Vaccination in the Punjab 1905-1918 - 1905-1918
Year: 1905
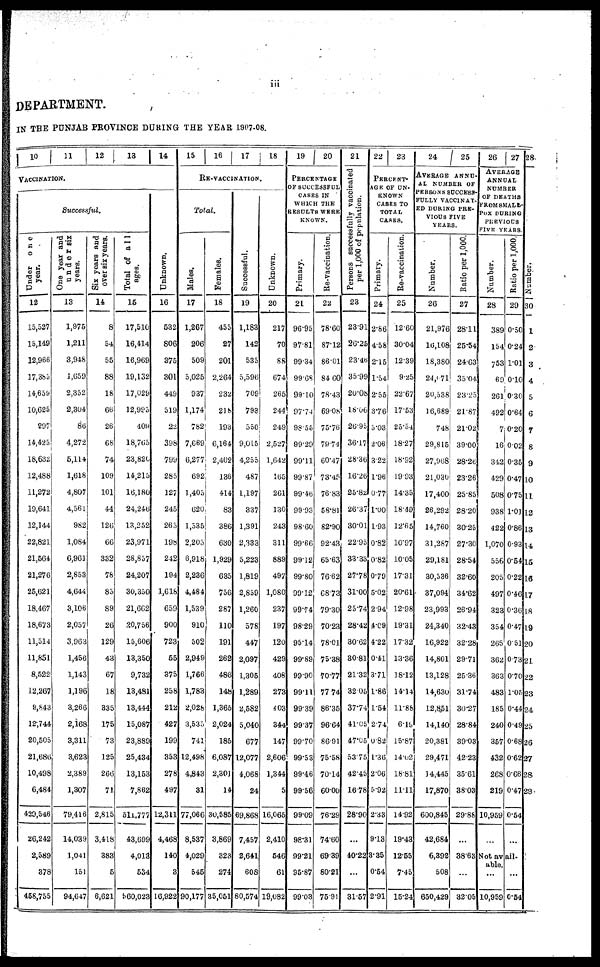
iii
DEPARTMENT.
IN THE PUNJAB PROVINCE DURING THE YEAR 1907-08.
10
11
12
13 14
VACCINATION.
Successful.
Under
one
year.
12
15,527
15,149
12,966
17,385
14,659
10,625
297
14,425
18,632
12,488
11,272
19,641
12,144
22,821
21,564
21,276
25,621
18,467
18,673
11,514
11,851
8,522
12,267
9,843
12,744
20,505
21,686
10,498
6,484
429,546
26,242
2,589
378
458,755
One year and
under six
years.
13
1,975
1,211
3,948
1,659
2,352
2,304
86
4,272
5,114
1,618
4,807
4,561
982
1,084
6,961
2,853
4,644
3,106
2,057
3,963
1,456
1,143
1,196
3,266
2,168
3,311
3,623
2,389
1,307
79,416
14,039
1,041
151
94,647
Six years and
over six years.
14
8
54
55
88
18
66
26
68
74
109
101
44
126
66
332
78
85
89
26
129
43
67
18
335
175
73
125
266
71
2,815
3,418
383
5
6,621
Total of all
ages.
15
17,510
16,414
16,969
19,132
17,029
12,995
409
18,765
23,820
14,215
16,180
24,246
13,252
23,971
28,857
24,207
30,350
21,662
20,756
15,606
13,350
9,732
13,481
13,444
15,087
23,889
25,434
13,153
7,862
511,777
43,699
4,013
534
560,023
Unknown.
16
532
806
375
301
449
519
22
398
799
285
127
245
265
198
242
194
1,618
659
900
723
55
375
258
212
427
199
353
278
497
12,311
4,468
140
3
16,922
15
16
17
18
RE-VACCINATION.
Total.
Males.
17
1,267
206
509
5,025
937
1,174
782
7,669
6,277
692
1,405
620
1,535
2,205
6,918
2,236
4,484
1,539
910
502
2,949
1,766
1,783
2,028
3,535
741
12,498
4,843
31
77,066
8,537
4,029
545
90,177
Females.
18
455
27
201
2,264
232
218
193
6,164
2,402
136
414
83
386
630
1,929
635
756
287
110
191
262
486
148
1,365
2,024
185
6,087
2,301
14
30,585
3,869
323
274
35,051
Successful.
19
1,183
142
535
5,596
709
793
550
9,015
4,255
487
1,197
337
1,391
2,333
5,223
1,819
2,859
1,260
578
447
2,097
1,305
1,289
2,582
5,040
677
12,077
4,068
24
69,868
7,457
2,641
608
80,574
Unknown.
20
217
70
88
674
265
244
249
2,527
1,642
165
261
130
243
311
889
497
1,080
237
197
120
429
408
273
403
344
147
2,606
1,344
5
16,065
2,410
546
61
19,082
19
20
PERCENTAGE
OF SUCCESSFUL
CASES IN
WHICH THE
RESULTS WERE
KNOWN.
Primary.
21
96.95
97.81
99.34
99.68
99.10
97.74
98.55
99.29
99.11
99.87
99.46
99.93
98.60
99.66
99.12
99.80
99.12
99.74
98.29
95.14
99.89
99.90
99.11
99.39
99.37
99.70
99.53
99.46
99.56
99.09
98.31
99.21
95.87
99.03
Re-vaccination.
22
78.60
87.12
86.01
84.60
78.43
69.08
75.76
79.74
60.47
73.45
76.83
58.81
82.90
92.43
65.63
76.62
68.73
79.30
70.23
78.01
75.38
70.77
77.74
86.35
96.64
86.91
75.58
70.14
60.00
76.29
74.60
69.39
80.21
75.91
21
Persons successfully vaccinated
per 1,000 of population.
23
23.91
26.25
23.46
35.99
20.08
18.06
26.95
36.17
28.36
16.26
25.82
26.37
30.01
22.95
33.33
27.78
31.00
25.74
28.42
30.62
30.81
21.32
32.05
37.74
41.05
47.05
53.75
42.45
16.78
28.90
...
40.22
...
31.57
22
23
PERCENT-
AGE OF UN-
KNOWN
CASES TO
TOTAL
CASES.
Primary.
24
2.86
4.58
2.15
1.54
2.55
3.76
5.03
2.06
3.22
1.96
0.77
1.00
1.93
0.82
0.82
0.79
5.02
2.94
4.09
4.22
0.41
3.71
1.86
1.54
2.74
0.82
1.36
2.06
5.92
2.33
9.13
3.35
0.54
2.91
Re-vaccination.
25
12.60
30.04
12.39
9.25
22.67
17.53
25.54
18.27
18.32
19.93
14.35
18.49
12.65
10.97
10.05
17.31
20.61
12.98
19.31
17.32
13.36
18.12
14.14
11.88
6.19
15.87
14.02
18.81
11.11
14.92
19.43
12.55
7.45
15.24
24
25
AVERAGE ANNU-
--
NUMBER OF
PERSONS SUCCESS-
FULLY VACCINAT-
ED DURING PRE-
VIOUS FIVE
YEARS.
Number.
26
21,976
16,108
18,380
24,071
20,538
16,689
748
29,815
27,968
21,030
17,400
26,292
14,760
31,287
29,181
30,536
37,094
23,993
24,340
16,922
14,801
13,128
14,630
12,851
14,140
20,381
29,471
14,445
17,870
600,845
42,684
6,392
508
650,429
Ratio per 1,000.
27
28.11
25.54
24.63
35.04
23.25
21.87
21.02
39.00
28.26
23.26
25.85
28.20
30.25
27.30
28.54
32.60
34.62
26.94
32.43
32.28
29.71
25.36
31.74
30.27
28.84
39.03
42.23
35.61
38.03
29.88
...
38.63
...
32.05
26 27
AVERAGE
ANNUAL
NUMBER
OF DEATHS
FROM SMALL-
POX DURING
PREVIOUS
FIVE YEARS.
Number.
28
389
154
753
69
261
492
7
16
342
429
508
938
422
1,070
556
205
497
323
354
265
362
363
483
185
240
357
432
268
219
10,959
...
Ratio per 1,000.
29
0.50
0.24
1.01
0.10
0.30
0.64
0.20
0.02
035
0.47
0.75
1.01
0.86
0.93
0.54
0.22
0.46
0.36
0.47
0.51
0.73
0.70
1.05
0.44
0.49
0.68
0.62
0.66
0.47
0.54
...
Not avail-
able.
...
10,959
...
0.54
28
Number.
30
1
2
3
4
5
6
7
8
9
10
11
12
13
14
15
16
17
18
19
20
21
22
23
24
25
26
27
28
29